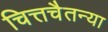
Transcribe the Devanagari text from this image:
चित्तचैतन्या